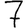
Digit: 7